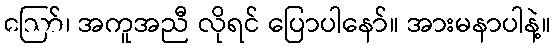
ဪ၊ အကူအညီ လိုရင် ပြောပါနော်။ အားမနာပါနဲ့။